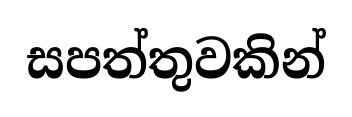
සපත්තුවකින්